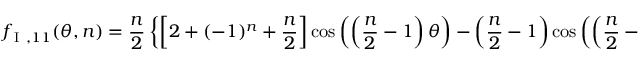
f _ { \mathrm { ~ I ~ } , 1 1 } ( \theta , n ) = \frac { n } { 2 } \left\{ \left[ 2 + ( - 1 ) ^ { n } + \frac { n } { 2 } \right] \cos \left( \left( \frac { n } { 2 } - 1 \right) \theta \right) - \left( \frac { n } { 2 } - 1 \right) \cos \left( \left( \frac { n } { 2 } - 3 \right) \theta \right) \right\}